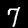
Digit: 7